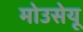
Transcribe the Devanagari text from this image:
मोउसेयू